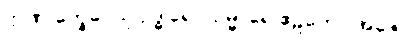
ဣဏု’က္ခေပေသု ဥဒ္ဓါရော၊ ဥမ္မာရေ ဧဠကော အဇေ။